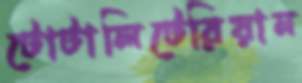
টোটালিটেরিয়ান